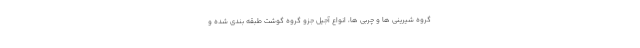
گروه شیرینی ها و چربی ها، انواع آجیل جزو گروه گوشت طبقه بندی شده و